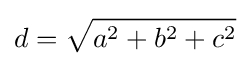
d={\sqrt {a^{2}+b^{2}+c^{2}}}